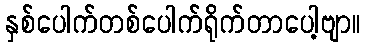
နှစ်ပေါက်တစ်ပေါက်ရိုက်တာပေါ့ဗျာ။